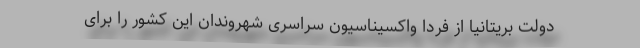
دولت بریتانیا از فردا واکسیناسیون سراسری شهروندان این کشور را برای